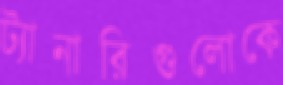
ট্যানারিগুলোকে